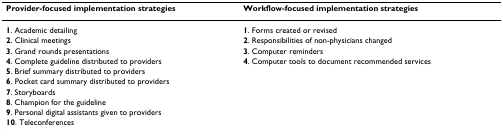
| Provider-focused implementation strategies | Workflow-focused implementation strategies |
 | --- | --- |
 | 1. Academic detailing | 1. Forms created or revised |
 | 2. Clinical meetings | 2. Responsibilities of non-physicians changed |
 | 3. Grand rounds presentations | 3. Computer reminders |
 | 4. Complete guideline distributed to providers | 4. Computer tools to document recommended services |
 | 5. Brief summary distributed to providers |  |
 | 6. Pocket card summary distributed to providers |  |
 | 7. Storyboards |  |
 | 8. Champion for the guideline |  |
 | 9. Personal digital assistants given to providers |  |
 | 10. Teleconferences |  |